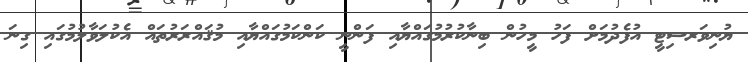
ޔުނިވަރސިޓީ އުފެދުމަށް ފަހު މީހުން ބިނާކުރުމުގައްޔާއި ފަންނީ ކަންކަމުގައްޔާއި މުޤައްރަރުތައް އެކުލަވާލުމުގައި ގިނަ